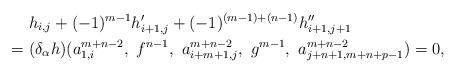
LaTeX: \begin{align*}&~ h_{i,j} + (-1)^{m-1} h'_{i+1, j} + (-1)^{(m-1) + (n - 1)} h''_{i+1, j+1} \\=&~ (\delta_\alpha h)( a^{m+n-2}_{1, i}, ~ f^{n-1}, ~ a^{m+n-2}_{i+m+1, j}, ~ g^{m-1},~ a^{m+n-2}_{j+n+1, m+n+p -1}) = 0 ,\end{align*}